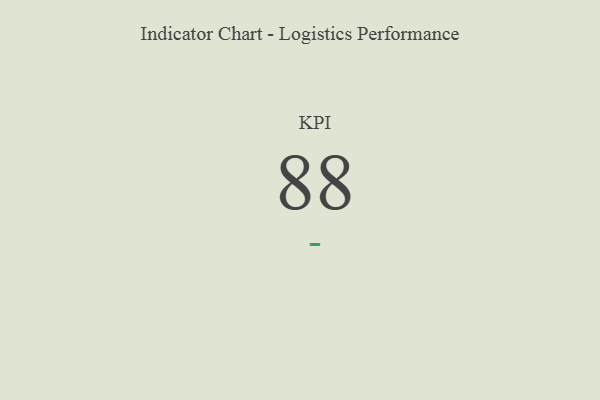
{"axis": {"x": "KPI", "y": "Value"}, "legend": [""], "data": [{"x": "KPI", "y": 88, "type": ""}]}